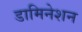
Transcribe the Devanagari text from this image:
डामिनेशन